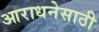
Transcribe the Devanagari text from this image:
आराधनेसाठी